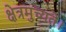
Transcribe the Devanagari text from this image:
क्षेत्रमुच्यते।